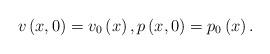
LaTeX: \begin{align*}v\left( x,0\right) =v_{0}\left( x\right) ,p\left( x,0\right)=p_{0}\left( x\right) . \end{align*}